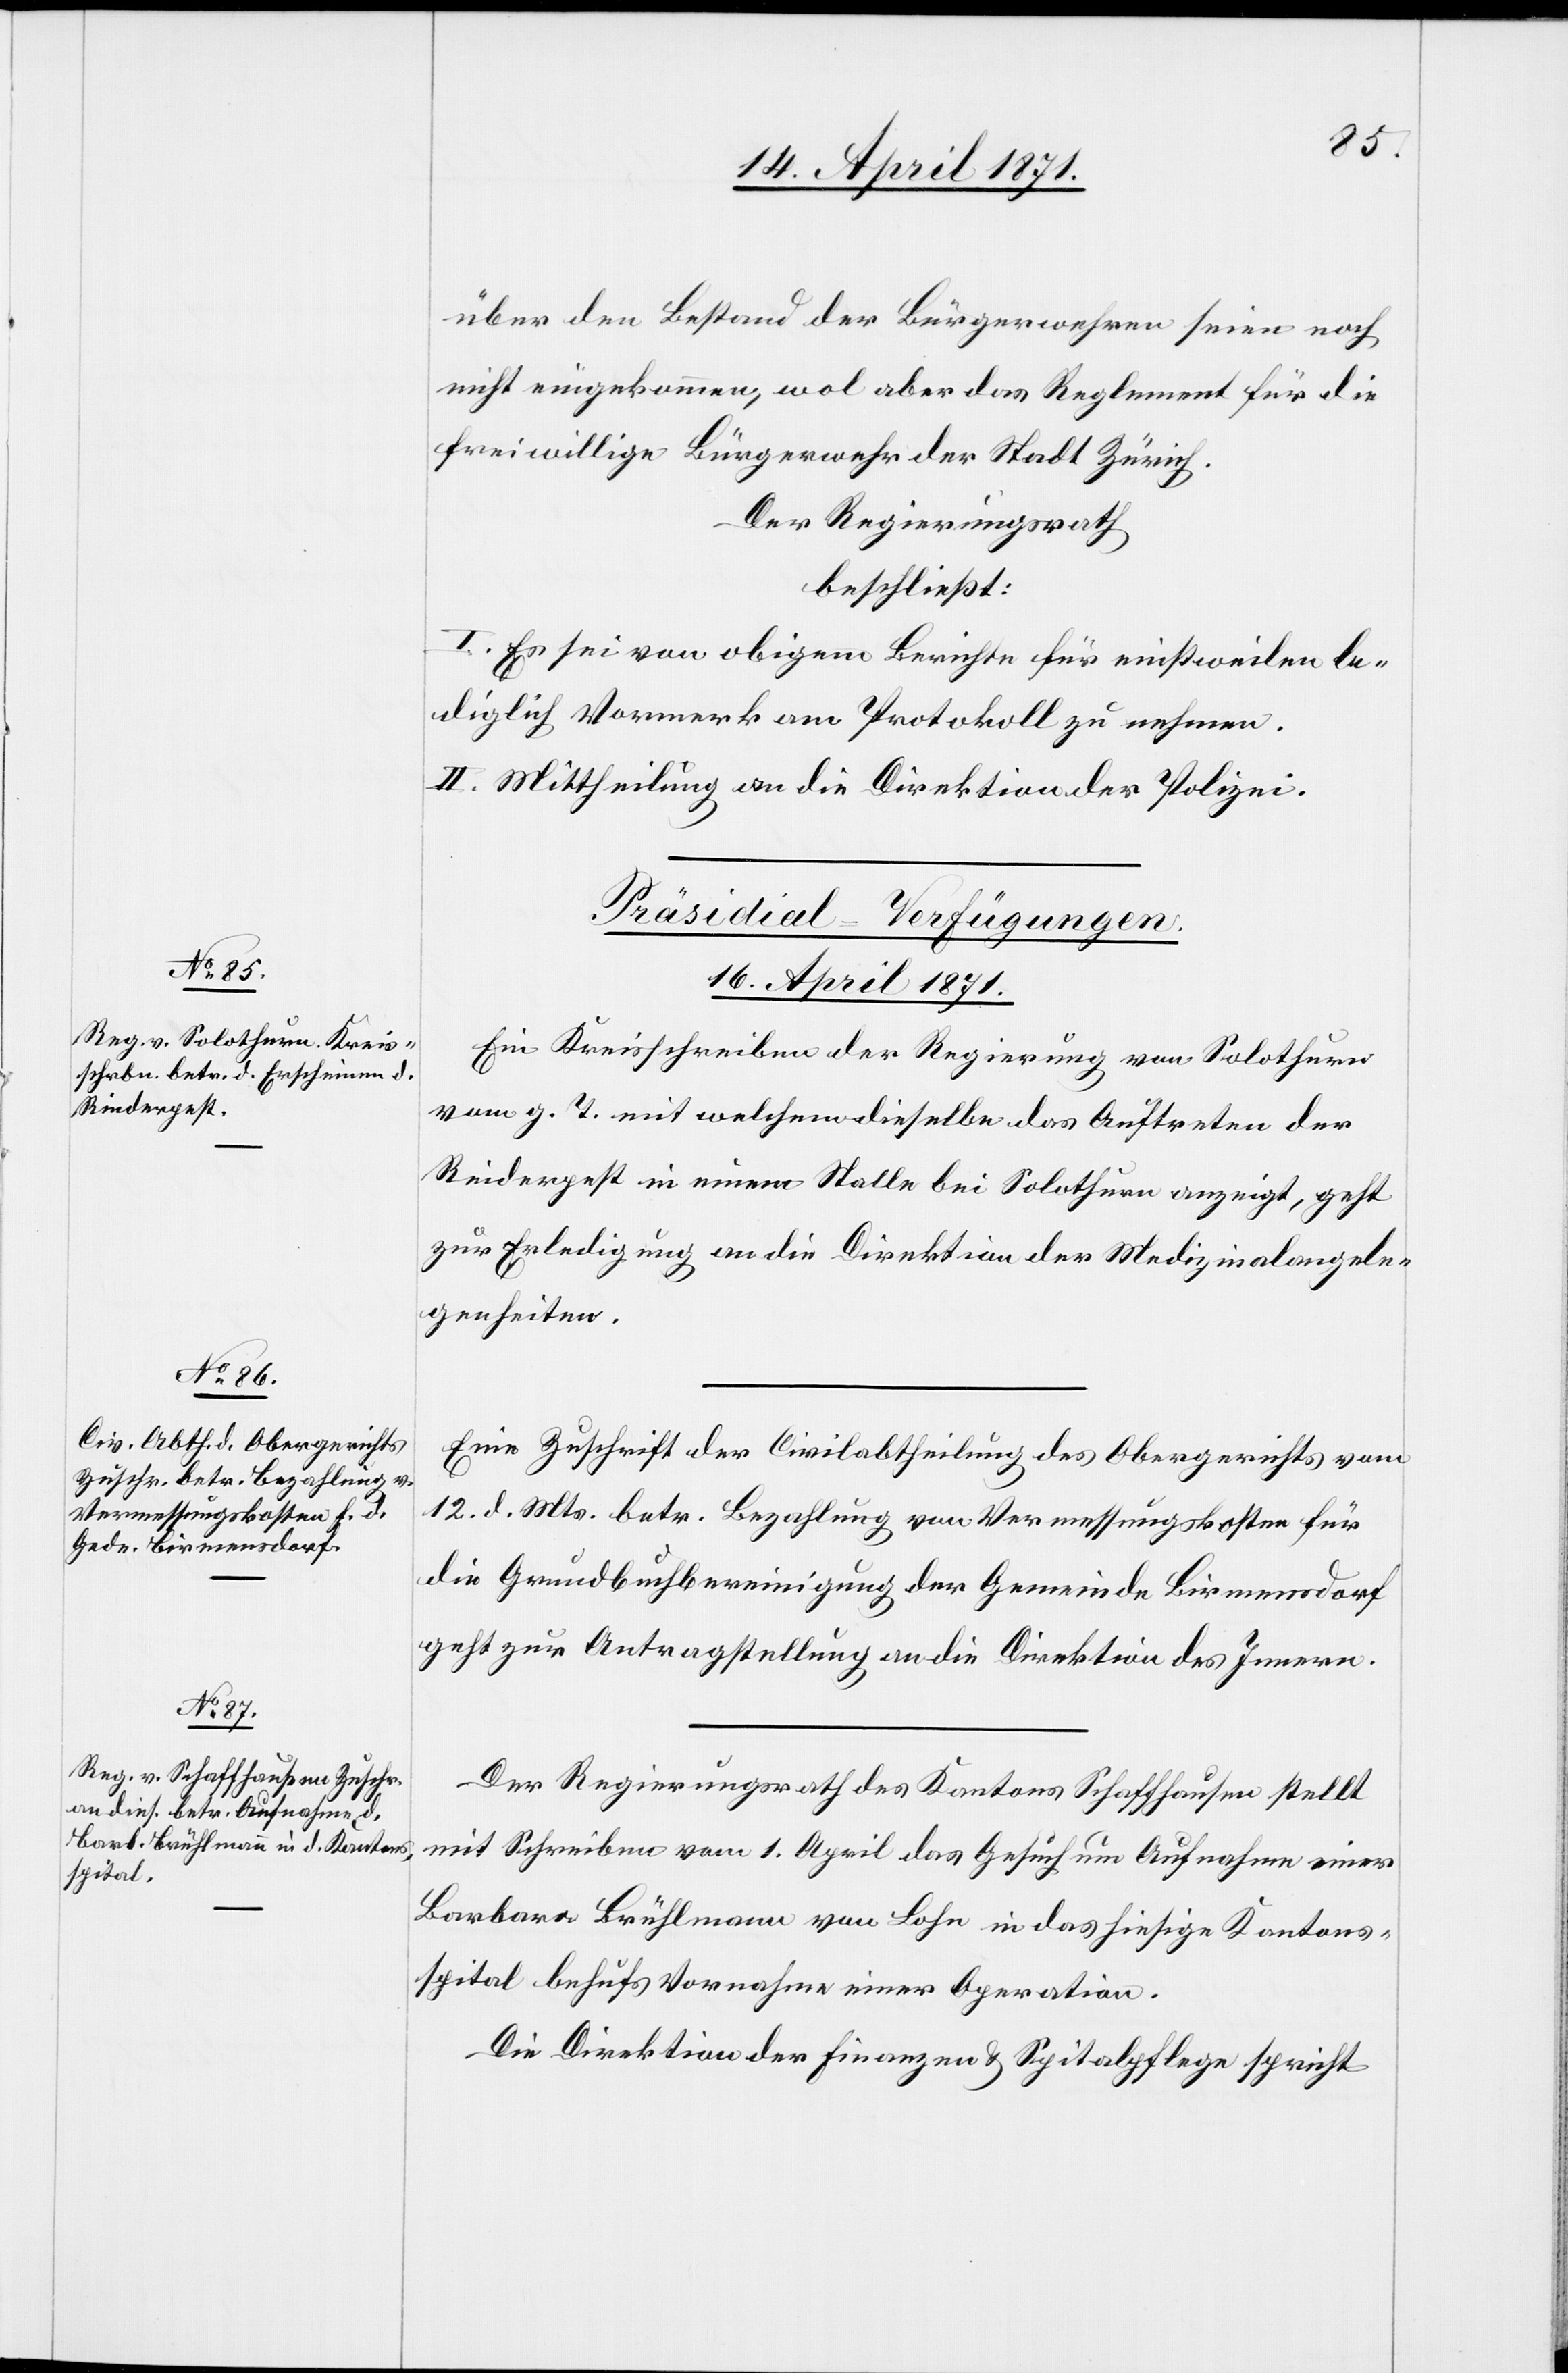
über den Bestand der Bürgerwehren seien noch
nicht eingekommen, wol aber das Reglement für die
freiwillige Bürgerwehr der Stadt Zürich.
Der Regierungsrath
beschließt:
I. Es sei von obigem Berichte für einstweilen le¬
diglich Vormerk am Protokoll zu nehmen.
II. Mittheilung an die Direktion der Polizei.
[Präsidial-Verfügungen
16. April 1871.]
Ein Kreisschreiben der Regierung von Solothurn
vom g. T. mit welchem dieselbe das Auftreten der
Rinderpest in einem Stalle bei Solothurn anzeigt, geht
zur Erledigung an die Direktion der Medizinalangele¬
genheiten.
Eine Zuschrift der Civilabtheilung des Obergerichts vom
12. d. Mts. betr. Bezahlung von Vermessungskosten für
die Grundbuchbereinigung der Gemeinde Birmensdorf
geht zur Antragstellung an die Direktion des Innern.
Der Regierungsrath des Kantons Schaffhausen stellt
mit Schreiben vom 1. April das Gesuch um Aufnahme einer
Barbara Brühlmann von Lohn in das hiesige Kantons¬
spital behufs Vornahme einer Operation.
Die Direktion der Finanzen u. Spitalpflege spricht